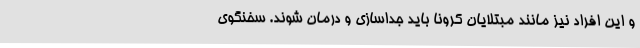
و این افراد نیز مانند مبتلایان کرونا باید جداسازی و درمان شوند. سخنگوی